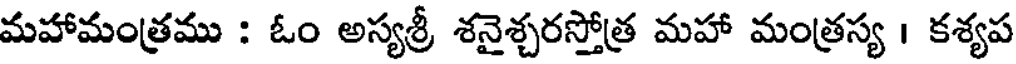
మహామంత్రము : ఓం అస్యశ్రీ శనైశ్చరస్తోత్ర మహా మంత్రస్య । కశ్యప